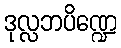
ဒုလ္လဘပိဏ္ဍေ